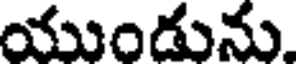
యుండును.